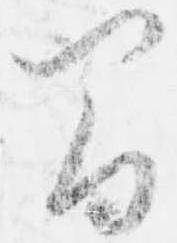
間